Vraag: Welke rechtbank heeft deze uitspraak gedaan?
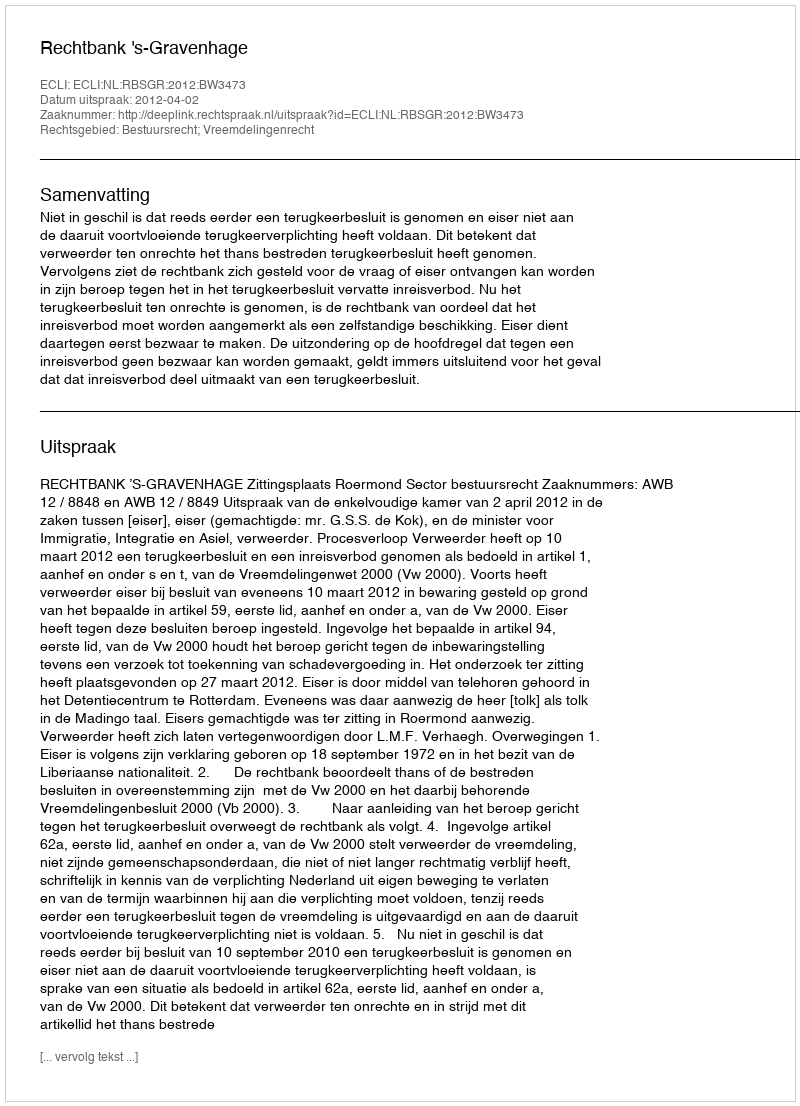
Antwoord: Rechtbank 's-Gravenhage